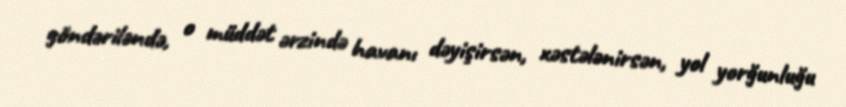
göndəriləndə, o müddət ərzində havanı dəyişirsən, xəstələnirsən, yol yorğunluğu